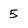
Character: 5